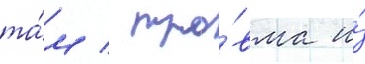
та́м / тра́вма и́